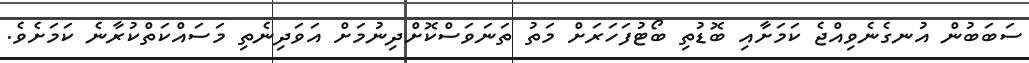
ސަބަބުން އުނގެނެވިއްޖެ ކަމަށާއި ބޮޑުތި ބޯޓުފަހަރަށް މަތު ތަނަވަސްކޮށްދިނުމަށް އަވަދިނެތި މަސައްކަތްކުރާނެ ކަމަށެވެ.